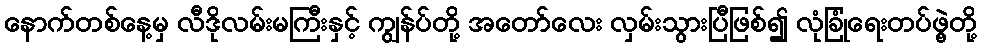
နောက်တစ်နေ့မှ လီဒိုလမ်းမကြီးနှင့် ကျွန်ပ်တို့ အတော်လေး လှမ်းသွားပြီဖြစ်၍ လုံခြုံရေးတပ်ဖွဲ့တို့